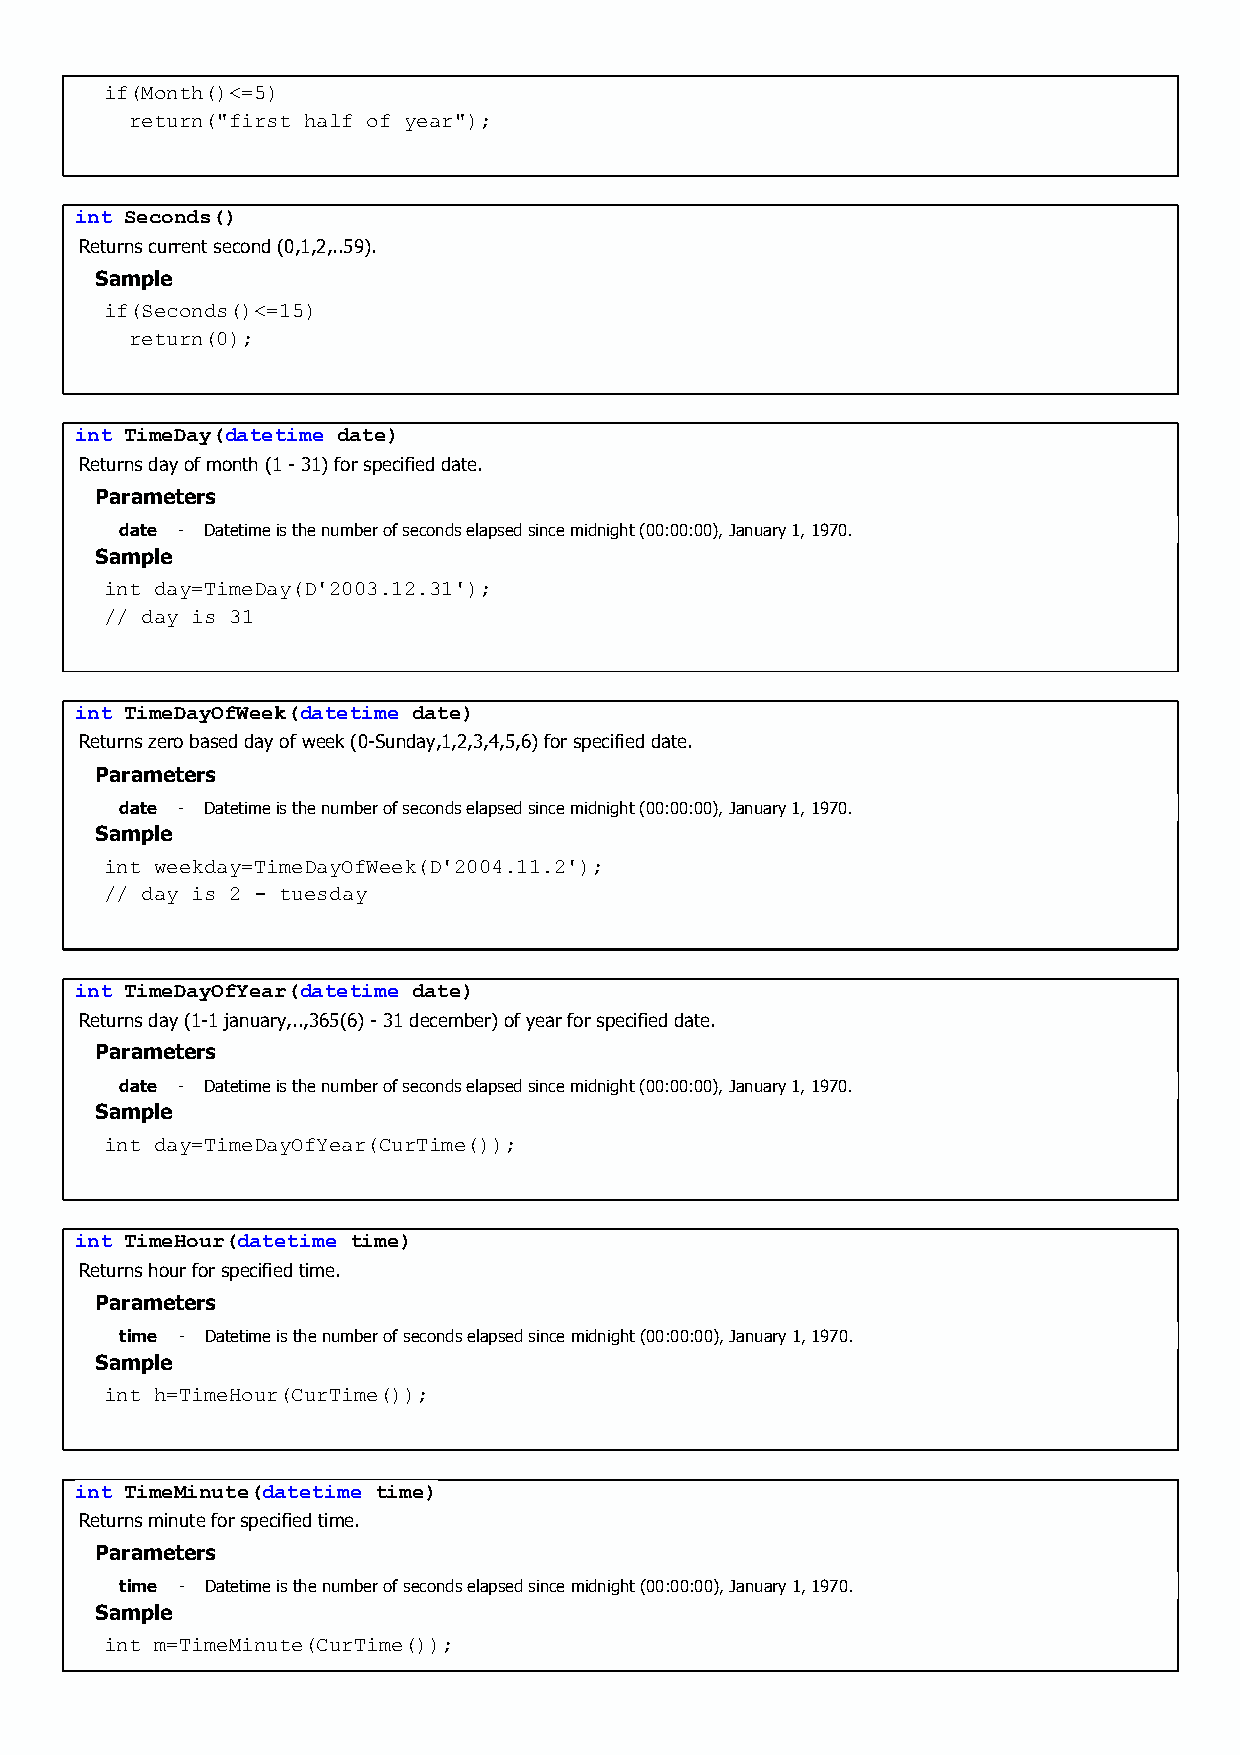
if(Month()<=5)
 return("first half of year");
 int Seconds()
 Returns current second (0,1,2,..59).
 Sample
 if(Seconds()<=15)
 return(0);
 int TimeDay(datetime date)
 Returns day of month (1 - 31) for specified date.
 Parameters
 date - Datetime is the number of seconds elapsed since midnight (00:00:00), January 1, 1970.
 Sample
 int day=TimeDay(D'2003.12.31');
 // day is 31
 int TimeDayOfWeek(datetime date)
 Returns zero based day of week (0-Sunday,1,2,3,4,5,6) for specified date.
 Parameters
 date - Datetime is the number of seconds elapsed since midnight (00:00:00), January 1, 1970.
 Sample
 int weekday=TimeDayOfWeek(D'2004.11.2');
 // day is 2 - tuesday
 int TimeDayOfYear(datetime date)
 Returns day (1-1 january,..,365(6) - 31 december) of year for specified date.
 Parameters
 date - Datetime is the number of seconds elapsed since midnight (00:00:00), January 1, 1970.
 Sample
 int day=TimeDayOfYear(CurTime());
 int TimeHour(datetime time)
 Returns hour for specified time.
 Parameters
 time - Datetime is the number of seconds elapsed since midnight (00:00:00), January 1, 1970.
 Sample
 int h=TimeHour(CurTime());
 int TimeMinute(datetime time)
 Returns minute for specified time.
 Parameters
 time - Datetime is the number of seconds elapsed since midnight (00:00:00), January 1, 1970.
 Sample
 int m=TimeMinute(CurTime());